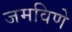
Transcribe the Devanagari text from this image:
जमविणे